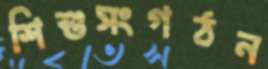
শিশুসংগঠন